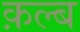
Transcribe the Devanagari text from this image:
क़ल्ब